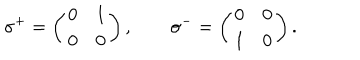
LaTeX: \sigma ^ { + } = \left( \begin{matrix} { { 0 } } & { { 1 } } \\ { { 0 } } & { { 0 } } \\ \end{matrix} \right) , \qquad \sigma ^ { - } = \left( \begin{matrix} { { 0 } } & { { 0 } } \\ { { 1 } } & { { 0 } } \\ \end{matrix} \right) .